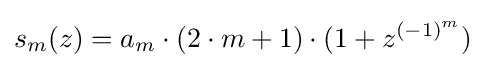
s_{m}(z)=a_{m}\cdot (2\cdot m+1)\cdot (1+z^{(-1)^{m}})